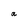
Character: a